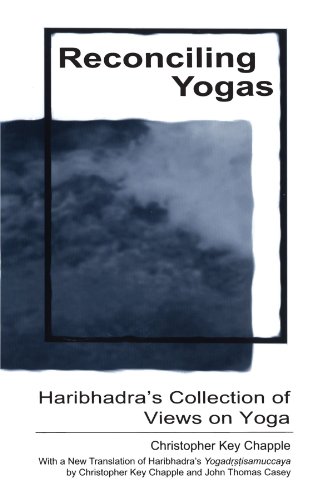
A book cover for Reconciling Yogas: Haribhadra's Collection of Views on Yoga; Christopher Key Chapple; Religion & Spirituality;